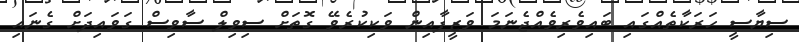
ސިޔާސީ ހަރަކާތެއްގައި ބައިވެރިވެއްޖެނަމަ ވަޒީފާއިން ވަކިކުރެވޭ ގޮތަށް ސިވިލް ސާވިސް ގަވައިދަށް ގެނައި